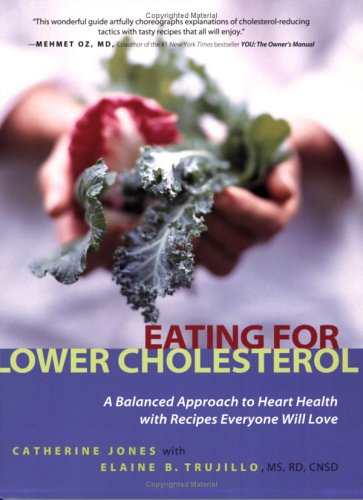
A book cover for Eating for Lower Cholesterol: A Balanced Approach to Heart Health with Recipes Everyone Will Love; Catherine Jones; Cookbooks, Food & Wine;